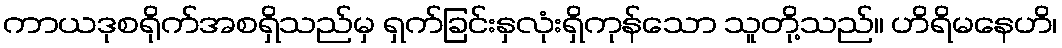
ကာယဒုစရိုက်အစရှိသည်မှ ရှက်ခြင်းနှလုံးရှိကုန်သော သူတို့သည်။ ဟိရိမနေဟိ၊